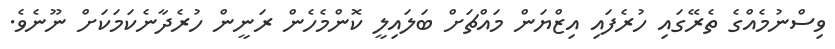
ވިސްނުމެއްގެ ތެރޭގައި ހުރެފައި އިޒްޔަން މައްޗަށް ބަލައިލީ ކޮންމެހެން ރަނީން ހުރެދާނެކަމަކަށް ނޫނެވެ.